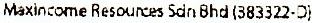
MAXINCOME RESOURCES SDN BHD (383322-D)